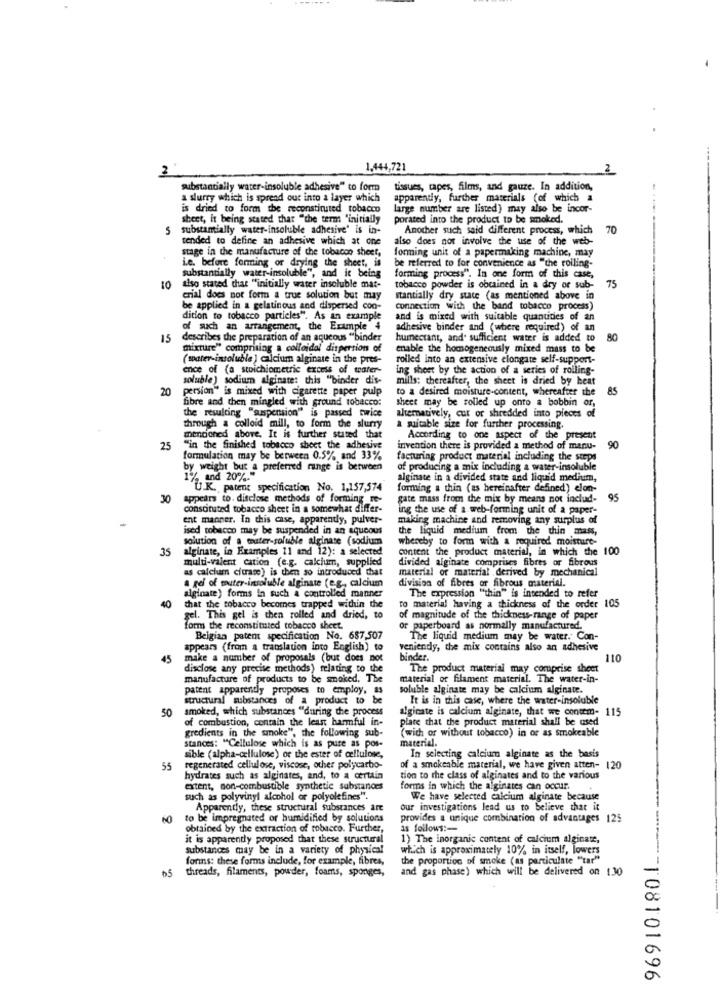
2
1,444,721
2
substantially water-insoluble adhesive" to form
tissues, tapes, films, and gauze. In addition,
a slurry which is spread out into a layer which
apparently, further materials (of which a
is dried to form the reconstituted tobacco
large number are listed) may also be incor-
sheet, it being stated that "the term "initially
porated into the product to be smoked.
substantially water-insoluble adhesive' is in-
Another such said different process, which
70
tended to define an adhesive which at one
also does not involve the use of the web-
stage in the manufacture of the tobacon sheet,
forming unit of a papermaking machine, may
be referred to for convenience as "the rolling-
i.e. before forming or drying the sheet, is
substantially water-insoluble".
le", and it being
forming process". In one form of this case,
10
also stated chat "initially water insoluble mat-
tobacco powder is obtained in a dry or sub-
73
erial does not form a true solution but may
stantially dry state (as mentioned above in
be applied in a gelatinous and dispersed con-
connection with the band tobacco process)
dition to tobacco particles". As an example
and is mixed with suitable quantities of an
of such an arrangement, the Example 4
adhesive binder and (where required) of an
15
describes the preparation of an aqueous "binder
humectant, and. sufficient water is added to
80
mixture" comprising a colloidal dispersion of
enable the homogeneously mixed mass to be
(water-insoluble ) calcium alginate in the pres-
rolled into an extensive clongate self-support-
ence of (a stoichiometric excess of water-
ing sheet by the action of a series of rolling-
soluble ) sodium alginate: this "binder dis-
mills: thereafter, the sheet is dried by heat
20
persion" is mixed with cigarette paper pulp
to a desired moisture-content, whereafter the
85
fibre and then mingled with ground tobacco:
sheet may be rolled up onto & bobbin or
the resulting "suspension" is passed twice
through a colloid mill, to form the slurry
alternatively, cut or shredded into pieces of
suitable size for further processing.
mentioned above. It is further stated that
According to one aspect of the present
25
"in the finished tobacco sheet the adhesive
invention there is provided a method of manu-
90
formulation may be between 0.5% and 33%
facturing product material including the steps
by weight but a preferred range is between
of producing a mix including a water-insoluble
1% and 20%."
alginate in a divided state and liquid medium,
"U.K. patent specification No. 1,157,574"
forming a thin (as hereinafter defined) elon-
30
appears to. disclose methods of forming re-
gate mass from the mix by means not includ-
95
constituted tobacco sheet in a somewhat differ-
ing the use of a web-forming unit of a paper-
ent manner. In this case, apparently, pulver-
making machine and removing any surplus of
ised tobacco may be suspended in an equeous
the liquid medium from the thin mass,
solution of a water-soluble alginate (sodium
whereby to form with a required moisture-
35
alginate, in Examples 11 and 12): a selected
content the product material, in which the 100
multi-valent cation (e.g. calcium, supplied
divided alginate comprises fibres or fibrous
as calcium citrate) is then so introduced that
material or material derived by mechanical
division of fibres or fibrous material.
alginate) forms in such a controlled manner
a gel of muter-insoluble alginate (e.g ., calcium
40
The expression "thin" is intended to refer
that the tobacco becomes trapped within the
to material having a thickness of the order 105
gel. This gel is then rolled and dried, to
of magnitude of the thickness-range of paper
form the reconstituted tobacco sheet.
or paperboard as normally manufactured.
Belgian patent specification No. 687,507
The liquid medium may be water. Con-
appears (from a translation into English) to
veniendy, the mix contains also an adhesive
45
make a number of proposals (but does not
binder.
110
disclose any precise methods) relating to the
The product material may comprise sheet
manufacture of products to be smoked. The
material of filament material. The water-in-
patent apparently proposes to employ, as
soluble alginate may be calcium alginate.
structural substances of a product to be
It is in this case, where the water-insoluble
50
smoked, which substances "during the process
alginate is calcium alginate, that we contem- 115
of combustion, contain the least harmful in-
plate that the product material shall be used
(with or without tobacco) in or as smokeable
gredients in the smoke", the following sub-
material.
stances: "Cellulose which is as pure as pos-
sible (alpha-cellulose) or the ester of cellulose,
In selecting calcium alginate as the basis
55
regenerated cellulose, viscose, other polycarbo-
of a smokeable material, we have given atten- 120
hydrates such as alginates, and, to a certain
tion to the class of alginates and to the various
extent, non-combustible synthetic substances
forms in which the alginates can occur.
such as polyvinyl alcohol or polyolefines".
We have selected calcium alginate because
Apparently, these structural substances are
our investigations lead us to believe that it
to be impregnated or humidified by solutions
provides a unique combination of advantages 125
obtained by the extraction of tobacco. Further
as follows :-
it is apparently proposed that these structural
1) The inorganic content of calcium alginate,
substances may be in a variety of physical
which is approximately 10% in itself, lowers
forins: these forms include, for example, fibres,
the proportion of smoke (as particulate "tar"
65 threads, filaments, powder, foams, sponges,
and gas phase) which will be delivered on 130
108101696